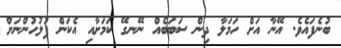
ބުނެފައެވެ. އޭނާ އަށް ހަމަލާ ދިން ސަބަބެއް ނޭނގޭ ކަމަށާއި އެކަން ފުލުހުންނަށް